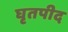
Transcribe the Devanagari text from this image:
घृतपीद